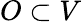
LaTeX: O\subset V